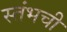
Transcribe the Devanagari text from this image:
स्तंभची